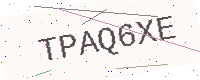
Text: TPAQ6XE